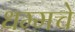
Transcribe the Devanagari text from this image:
धम्मचे